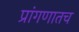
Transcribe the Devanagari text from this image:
प्रांगणातच